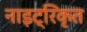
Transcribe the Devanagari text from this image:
नाइट्रिकृत